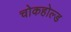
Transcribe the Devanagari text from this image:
चोकहोल्ड